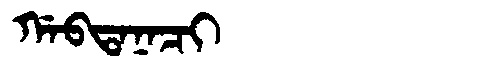
Manchu: ᡤᠠᠪᡨᠠᠨᠠᠴᡳ
Romanization: GABTANACI